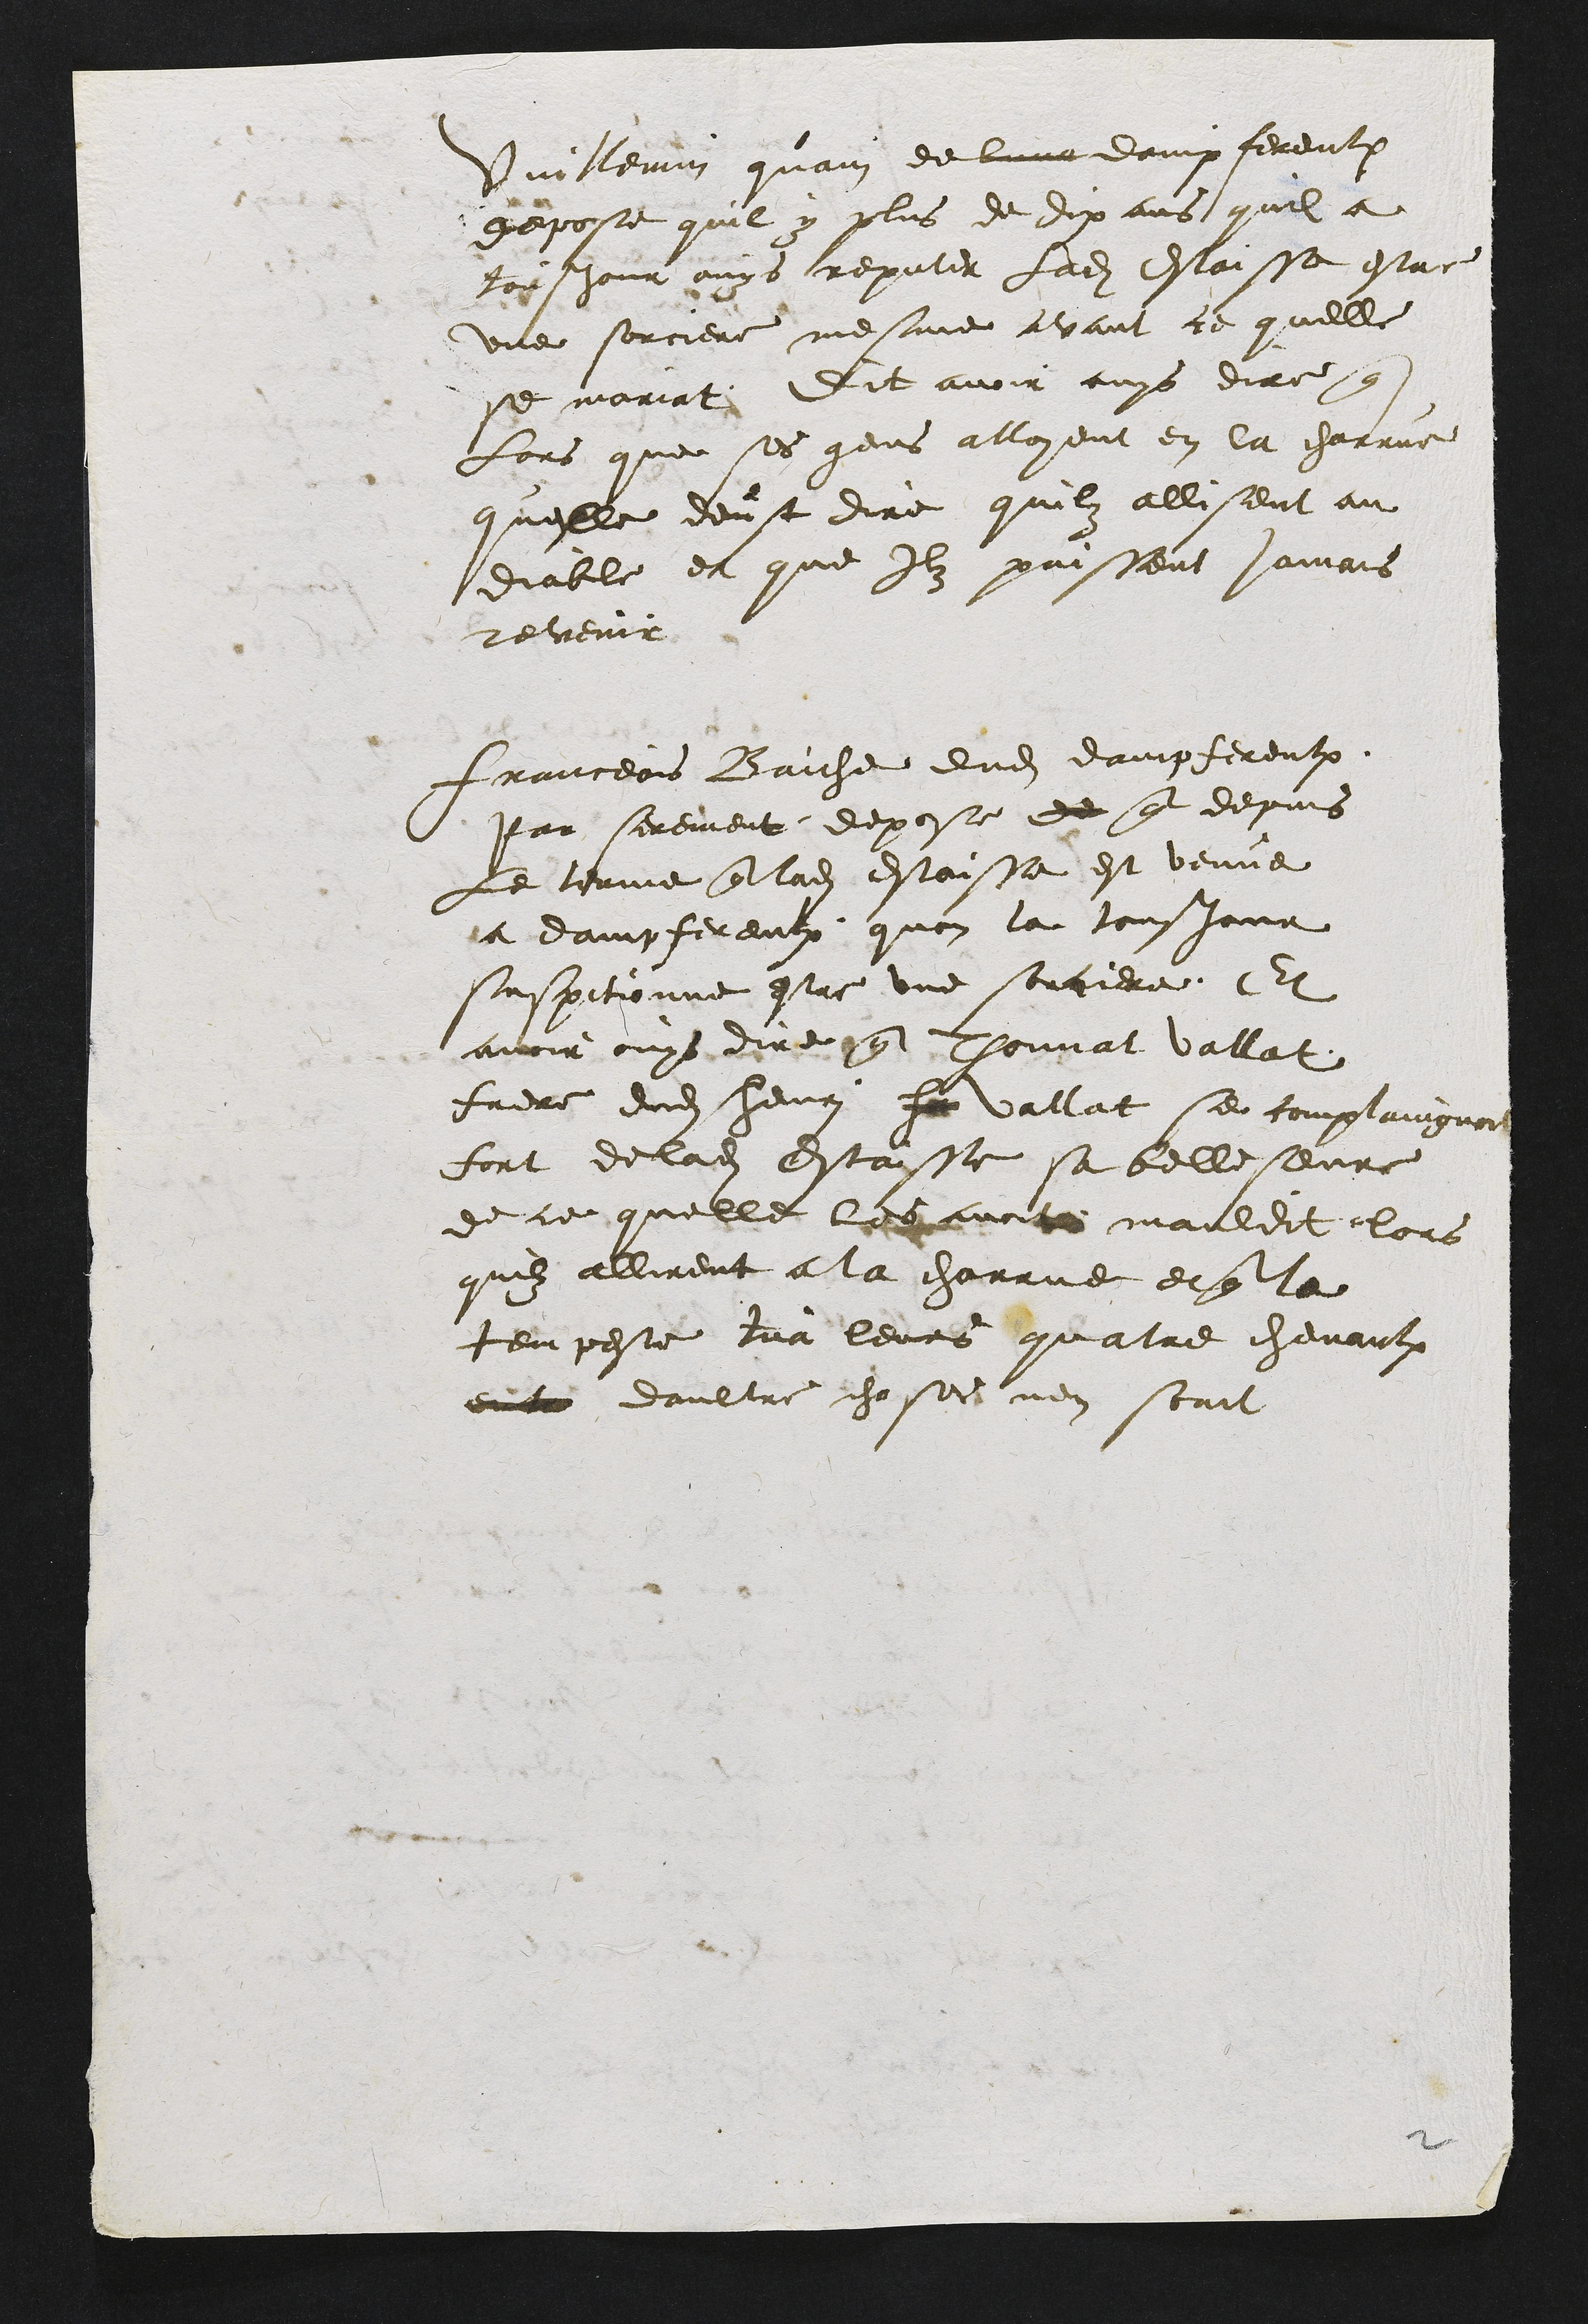
Vuillemin quain de lune dampfereulx
depose quil y plus de dix ans quil a
tousjour ouys reputer ladite Estaisse estre
une sorciere mesme avant ce quelle
se mariat Dit avoir ouys dire que
Lors que ses gens alloyent en la charre
quelle deust dire quilz allisent au
diable et que Ilz puissent jamais
revenir
Franceois Baiche dudit dampfereulx
Par serement depose de que depuis
le terme que ladite Estaisse est venue
a dampfereulx quon la tousjour
suspitionne estre une sorciere. Et
avoir ouys dire que Thonnat vallat
frere dudit henri ha Vallat se complaingnoit
fort de ladite Estaisse sa belle seure
de ce quelle les avoit mauldit lors
quilz allirent a la charrue et que la
tempeste tua leurs quatre chevaulx
eut daultre choses nen scait